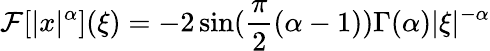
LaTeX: \mathcal{F}[|x|^{\alpha}](\xi)=-2\sin(\frac{\pi}{2}(\alpha-1))\Gamma(\alpha)|\xi|^{-\alpha}